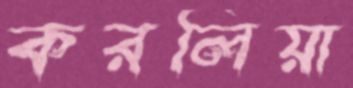
করলিয়া